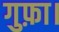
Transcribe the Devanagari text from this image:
गुफ़ा।